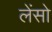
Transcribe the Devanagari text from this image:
लेंसो